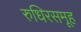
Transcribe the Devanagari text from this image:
रुधिरसमूह